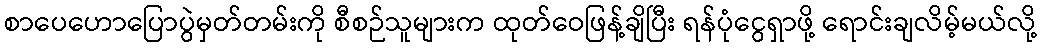
စာပေဟောပြောပွဲမှတ်တမ်းကို စီစဉ်သူများက ထုတ်ဝေဖြန့်ချိပြီး ရန်ပုံငွေရှာဖို့ ရောင်းချလိမ့်မယ်လို့